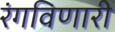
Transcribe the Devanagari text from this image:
रंगविणारी